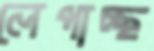
লেপাচ্ছ